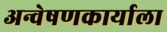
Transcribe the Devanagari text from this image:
अन्वेषणकार्याला